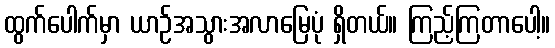
ထွက်ပေါက်မှာ ယာဉ်အသွားအလာမြေပုံ ရှိတယ်။ ကြည့်ကြတာပေါ့။